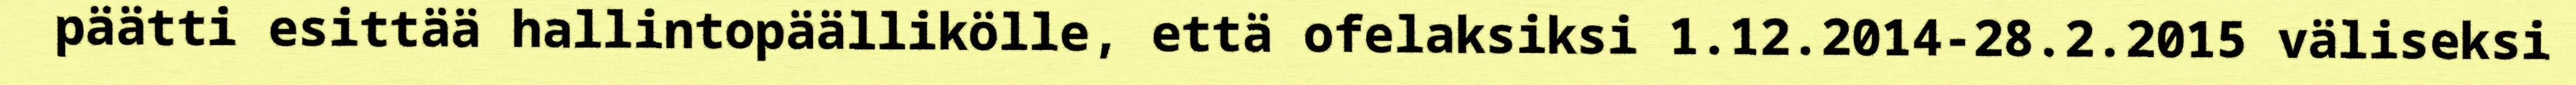
päätti esittää hallintopäällikölle, että ofelaksiksi 1.12.2014-28.2.2015 väliseksi